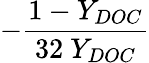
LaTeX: -\frac{1-Y_{DOC}}{32\ Y_{DOC}}